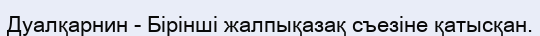
Дуалқарнин - Бірінші жалпықазақ съезіне қатысқан.